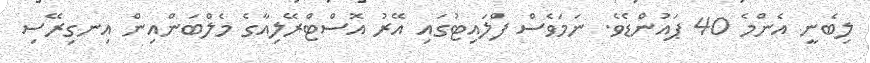
ލިބެނީ އެންމެ 40 ޕައުންޑެވެ. ނަމަވެސް ފްލައިޓުގައި އޭރު އޮސްޓްރޭލިއާގެ މެލްބަންއިން އިނގިރޭސި